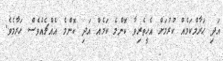
އަދި ޙަރާމްކަމެއް ކުރުމަށް އެހީތެރިވާ ކޮންމެ ކަމެއް އަދި ކޮންމެ އެއްޗެއްވެސް ޙަރާމެވެ.